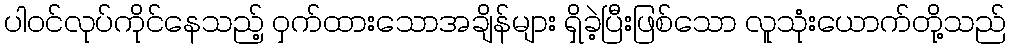
ပါဝင်လုပ်ကိုင်နေသည့် ဝှက်ထားသောအချိန်များ ရှိခဲ့ပြီးဖြစ်သော လူသုံးယောက်တို့သည်